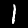
Label: 1